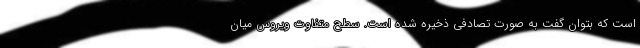
است که بتوان گفت به صورت تصادفی ذخیره شده است. سطح متفاوت ویروس میان